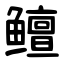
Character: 鳣